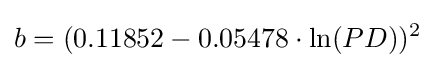
b=(0.11852-0.05478\cdot \ln(PD))^{2}